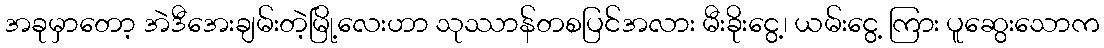
အခုမှာတော့ အဲဒီအေးချမ်းတဲ့မြို့လေးဟာ သုဿာန်တစပြင်အလား မီးခိုးငွေ့၊ ယမ်းငွေ့ ကြား ပူဆွေးသောက